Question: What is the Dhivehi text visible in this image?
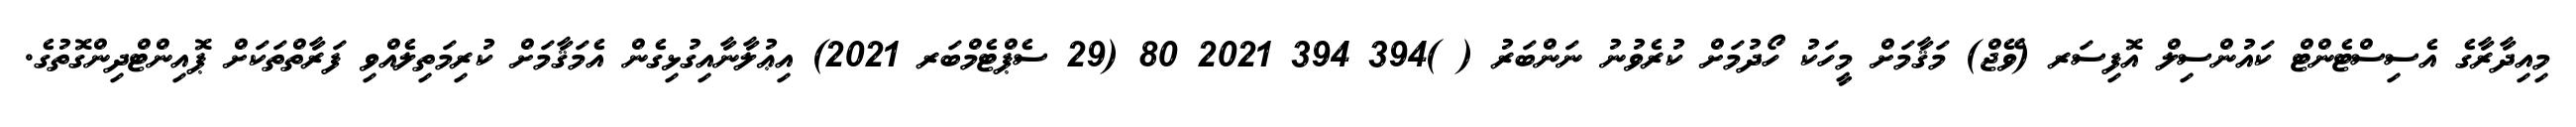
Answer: މިއިދާރާގެ އެސިސްޓެންޓް ކައުންސިލް އޮފިސަރ (ވޭޖް) މަޤާމަށް މީހަކު ހޯދުމަށް ކުރެވުނު ނަންބަރު ( )394 394 2021 80 (29 ސެޕްޓެމްބަރ 2021) އިޢުލާނާއިގުޅިގެން އެމަޤާމަށް ކުރިމަތިލެއްވި ފަރާތްތަކަށް ޕޮއިންޓްދިންގޮތުގެ.